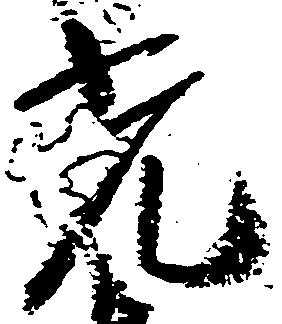
光